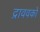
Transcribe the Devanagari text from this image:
द्राववकों